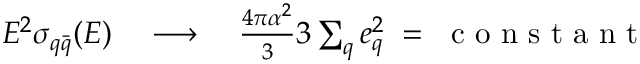
\begin{array} { r } { E ^ { 2 } \sigma _ { q \bar { q } } ( E ) \quad \longrightarrow \quad \frac { 4 \pi \alpha ^ { 2 } } { 3 } 3 \sum _ { q } e _ { q } ^ { 2 } \; = \; \textrm { c o n s t a n t } } \end{array}